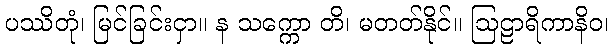
ပဿိတုံ၊ မြင်ခြင်းငှာ။ န သက္ကော တိ၊ မတတ်နိုင်။ ဩဠာရိကာနိဝ၊